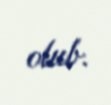
olub.